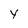
Character: y